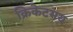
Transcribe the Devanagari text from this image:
क्रिकेटमय